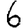
Digit: 6